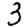
Digit: 3